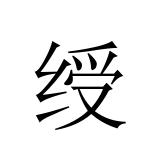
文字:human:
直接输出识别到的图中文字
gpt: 绶